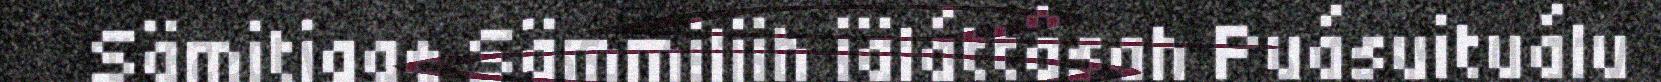
Sämitigge Sämmiliih iäláttâsah Puásuituálu